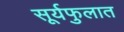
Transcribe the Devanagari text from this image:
सूर्यफुलात